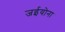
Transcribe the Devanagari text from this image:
जईयोना